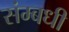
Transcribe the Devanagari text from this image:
संम्बधी